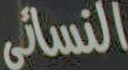
النسائي